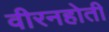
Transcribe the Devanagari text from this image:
वीरनहोती